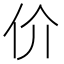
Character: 价